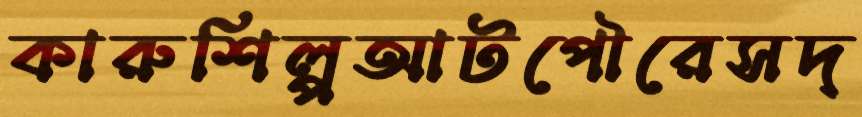
কারুশিল্পআটপৌরেসদ্